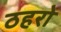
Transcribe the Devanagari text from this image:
ठहरो